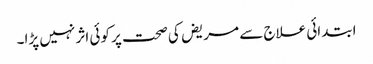
ابتدائی علاج سے مریض کی صحت پر کوئی اثر نہیں پڑا۔